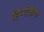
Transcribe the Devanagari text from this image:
हिप्पोकैंपी